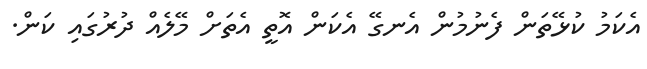
އެކަމު ކުޅޭތަން ފެނުމުން އެނގޭ އެކަން އޮތީ އެތަށް މޭލެއް ދުރުގައި ކަން.